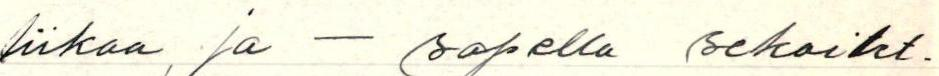
liikaa, ja - sapella sekoitet-